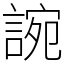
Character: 䛷